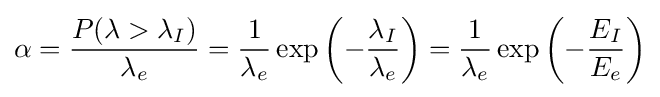
\alpha ={\frac {P(\lambda >\lambda _{I})}{\lambda _{e}}}={\frac {1}{\lambda _{e}}}\exp \left(-{\frac {\lambda _{I}}{\lambda _{e}}}\right)={\frac {1}{\lambda _{e}}}\exp \left(-{\frac {E_{I}}{E_{e}}}\right)